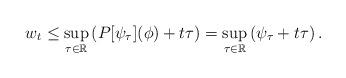
LaTeX: \begin{align*}w_t \leq \sup_{\tau\in \mathbb{R}} \left( P[\psi_\tau](\phi)+t\tau \right)=\sup_{\tau \in \mathbb{R}} \left(\psi_\tau+t\tau \right).\end{align*}